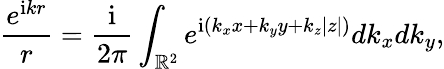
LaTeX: \frac{e^{\mathrm{i}kr}}{r}=\frac{\mathrm{i}}{2\pi}\int_{\mathbb{R}^{2}}e^{\mathrm{i}(k_{x}x+k_{y}y+k_{z}|z|)}dk_{x}dk_{y},